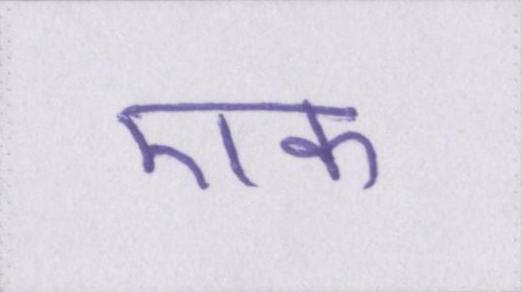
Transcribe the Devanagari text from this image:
एक